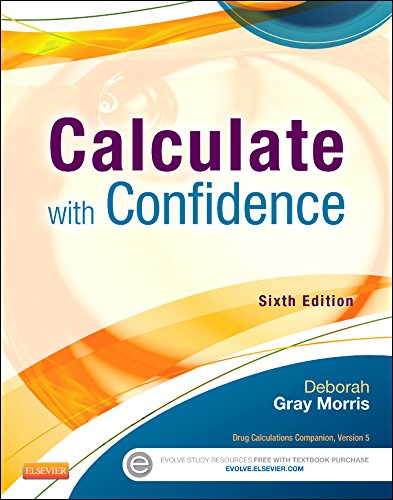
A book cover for Calculate with Confidence, 6e (Morris, Calculate with Confidence); Deborah C. Gray Morris RN  BSN  MA  LNC; Medical Books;